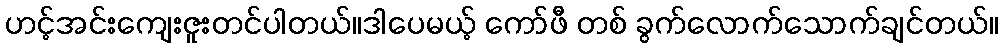
ဟင့်အင်းကျေးဇူးတင်ပါတယ်။ဒါပေမယ့် ကော်ဖီ တစ် ခွက်လောက်သောက်ချင်တယ်။